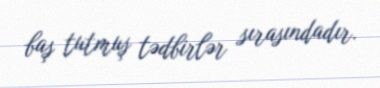
baş tutmuş tədbirlər sırasındadır.